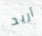
أريد